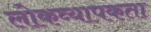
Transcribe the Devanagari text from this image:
लोकव्यापकता